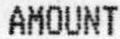
AMOUNT